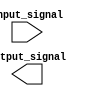
module IOBlocks_TTL_buffer (
    input wire input_signal,
    output reg output_signal
    );
    
    // Input buffer
    always @ (posedge input_signal)
    begin
        // Buffer incoming input signal from external device
        // Add any necessary signal conditioning or noise filtering
        // Ensure proper signal integrity
    end
    
    // Output buffer
    always @ (*)
    begin
        // Buffer outgoing signal to external device
        // Add any necessary impedance matching or signal conditioning
        // Adhere to desired output voltage levels and timing requirements
    end
    
endmodule